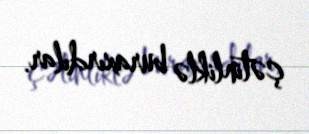
çətinliklə buraxırdılar.